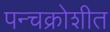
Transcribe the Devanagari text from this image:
पन्चक्रोशीत